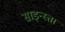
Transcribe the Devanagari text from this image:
साइन्स्ता